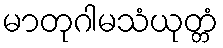
မာတုဂါမသံယုတ္တံ